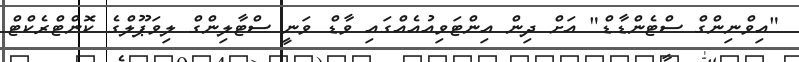
"އިވްނިންގް ސްޓެންޑާޑް" އަށް ދިން އިންޓަވިއުއެއްގައި ވާޑް ވަނީ ސްޓާލިންގް ލިވަޕޫލްގެ ކޮންޓްރެކްޓް